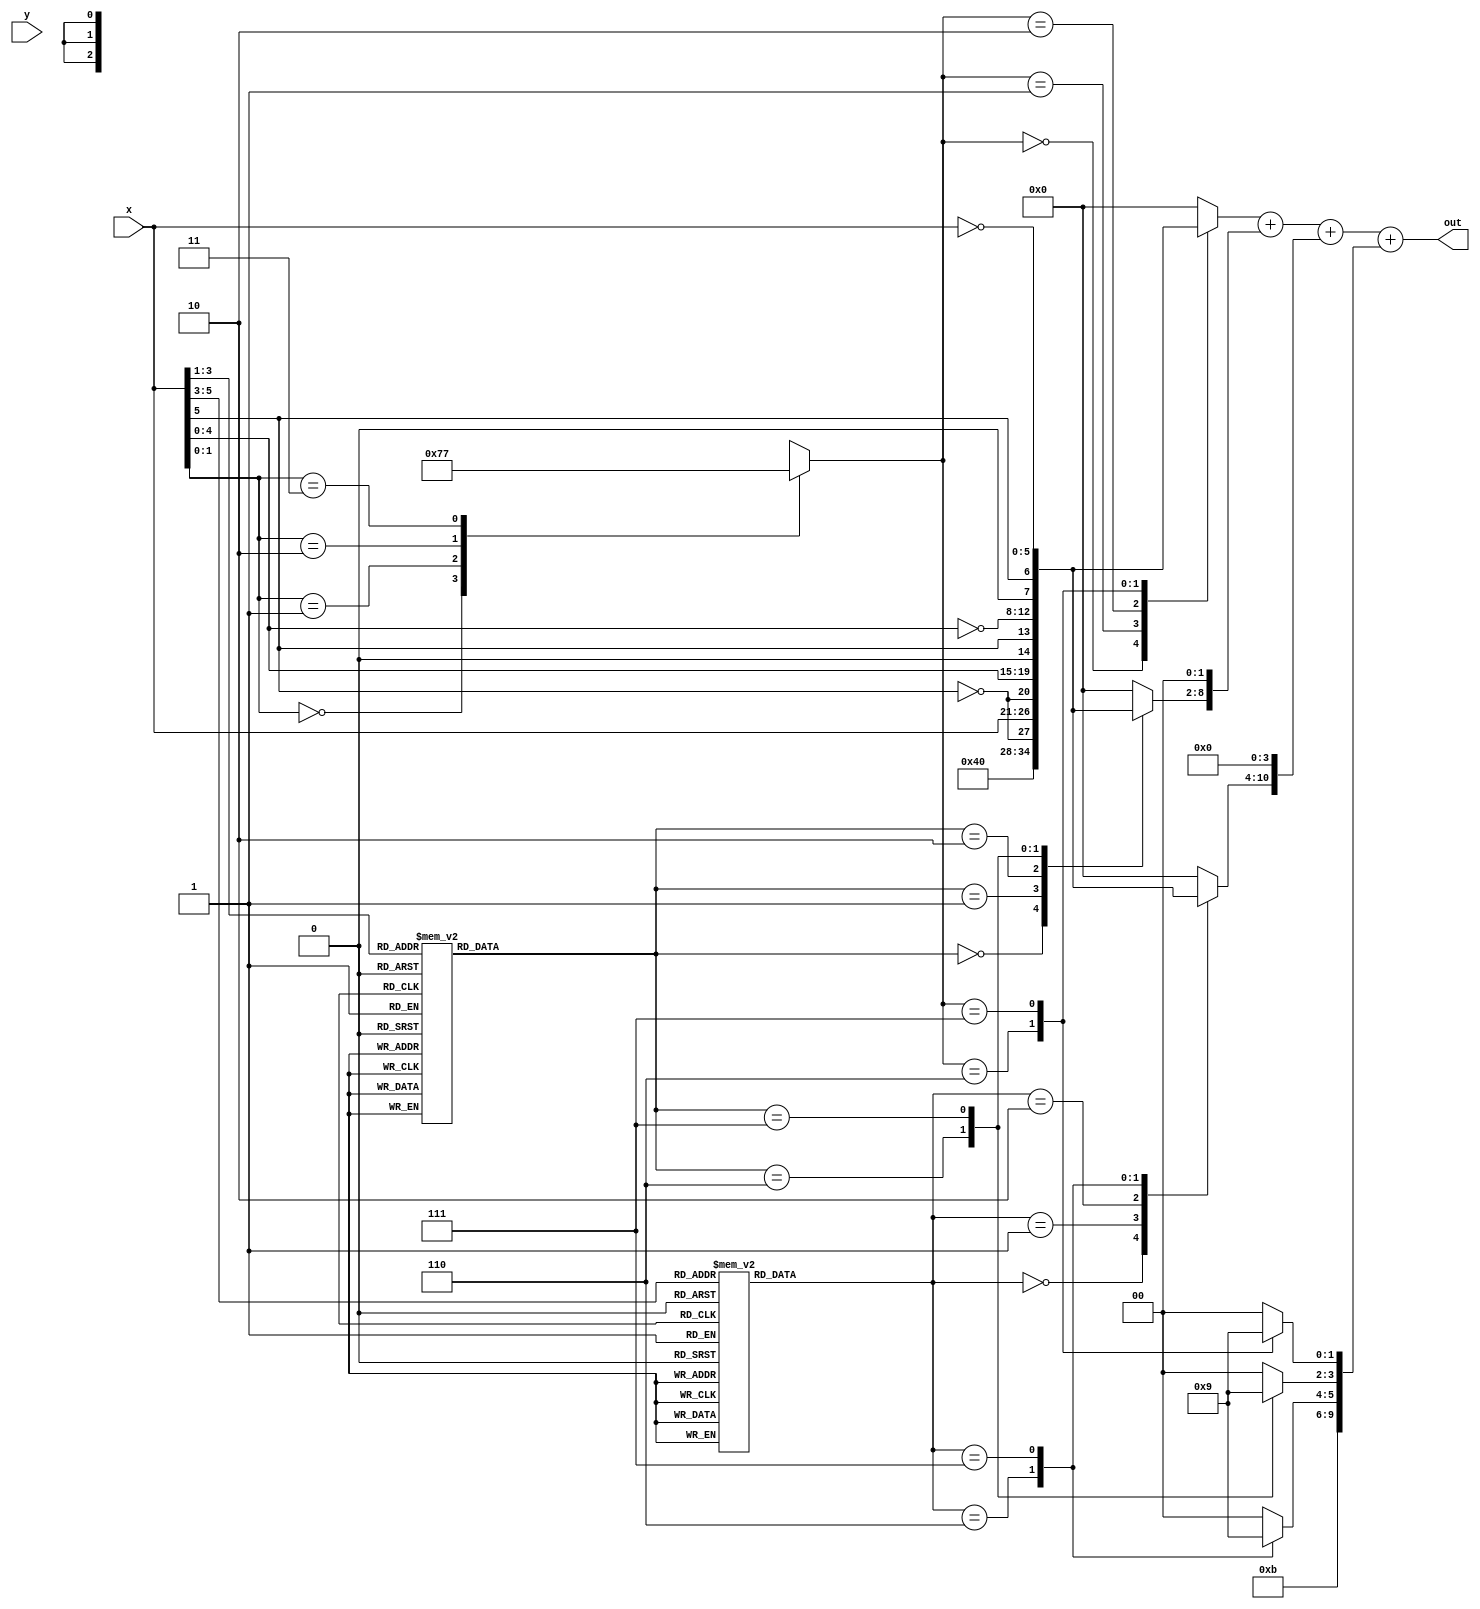
module booth(x,y,out);
input [5:0] x,y;
output [10:0] out;

reg [6:0] pp [0:2];
reg [10:0] correction_vector;
reg [2:0] coder [2:0] ;
wire [6:0] a,a_n,a2,a2_n;
assign a={~x[5],x};
assign a_n={x[5],~x};
assign a2={~x[5],x[4:0],1'b0};
assign a2_n={x[5],~x[4:0],1'b0};

	

assign out=pp[0]+{pp[1],2'b00}+{pp[2],4'b0000}+correction_vector;
always @*
	begin
	coder[0]=booth_encoder({x[1:0],1'b0});
	coder[1]=booth_encoder(x[3:1]);
	coder[2]=booth_encoder(x[5:3]);
	generate_pp (coder[0],a,a_n,a2,a2_n,pp[0],correction_vector[1:0]);
	generate_pp(coder[1],a,a_n,a2,a2_n,pp[1],correction_vector[3:2]);
	generate_pp(coder[2],a,a_n,a2,a2_n,pp[2],correction_vector[5:4]); 

	correction_vector[10:6]=5'b01011;
	end
task generate_pp;
input [2:0] coder;
input [6:0] a,a_n,a2,a2_n;
output [6:0] pp_task;
output [1:0] vector;

begin
	case(coder)
		3'b000: begin pp_task={1'b1,6'b0}; vector=2'b00; end
		3'b001: begin pp_task=a; vector=2'b00; end
		3'b010: begin pp_task=a2; vector=2'b00; end
		3'b110: begin pp_task=a2_n; vector=2'b10; end
		3'b111: begin pp_task=a_n; vector=2'b01; end
		default: begin pp_task=0; vector=2'b00;  end
	endcase  
end
endtask 

function [2:0] booth_encoder;
input [2:0] in;
	begin
	case(in)
		3'b000:  booth_encoder=3'b000;
		3'b001:  booth_encoder=3'b001;
		3'b010:  booth_encoder=3'b001;
		3'b011:  booth_encoder=3'b010;
		3'b100:  booth_encoder=3'b110;	
		3'b101:  booth_encoder=3'b111;
		3'b110:  booth_encoder=3'b111;			
		3'b111:  booth_encoder=3'b000;
		default : booth_encoder=3'b000;
	endcase
end
endfunction
endmodule